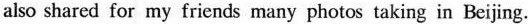
also shared for my friends many photos taking in Beijing.